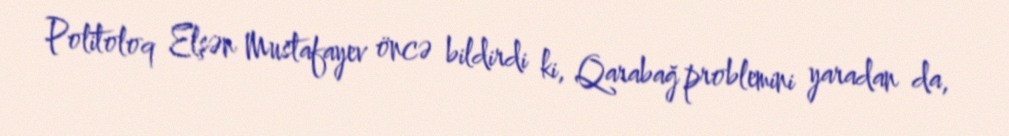
Politoloq Elşən Mustafayev öncə bildirdi ki, Qarabağ problemini yaradan da,